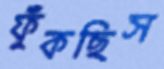
ফুঁকছিস